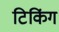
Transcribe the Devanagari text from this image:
टिकिंग